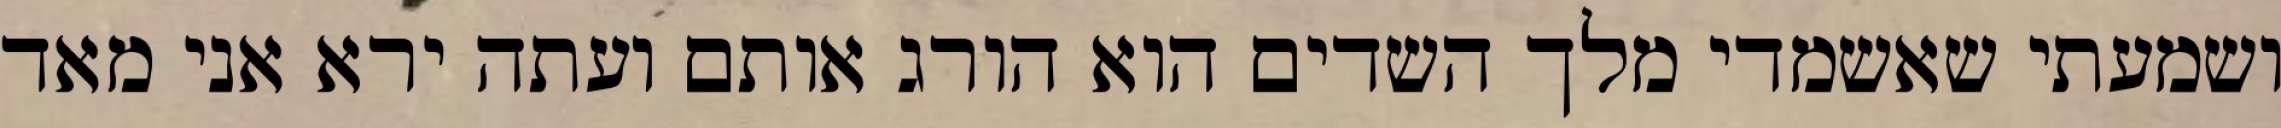
ושמעתי שאשמדי מלך השדים הוא הורג אותם ועתה ירא אני מאד